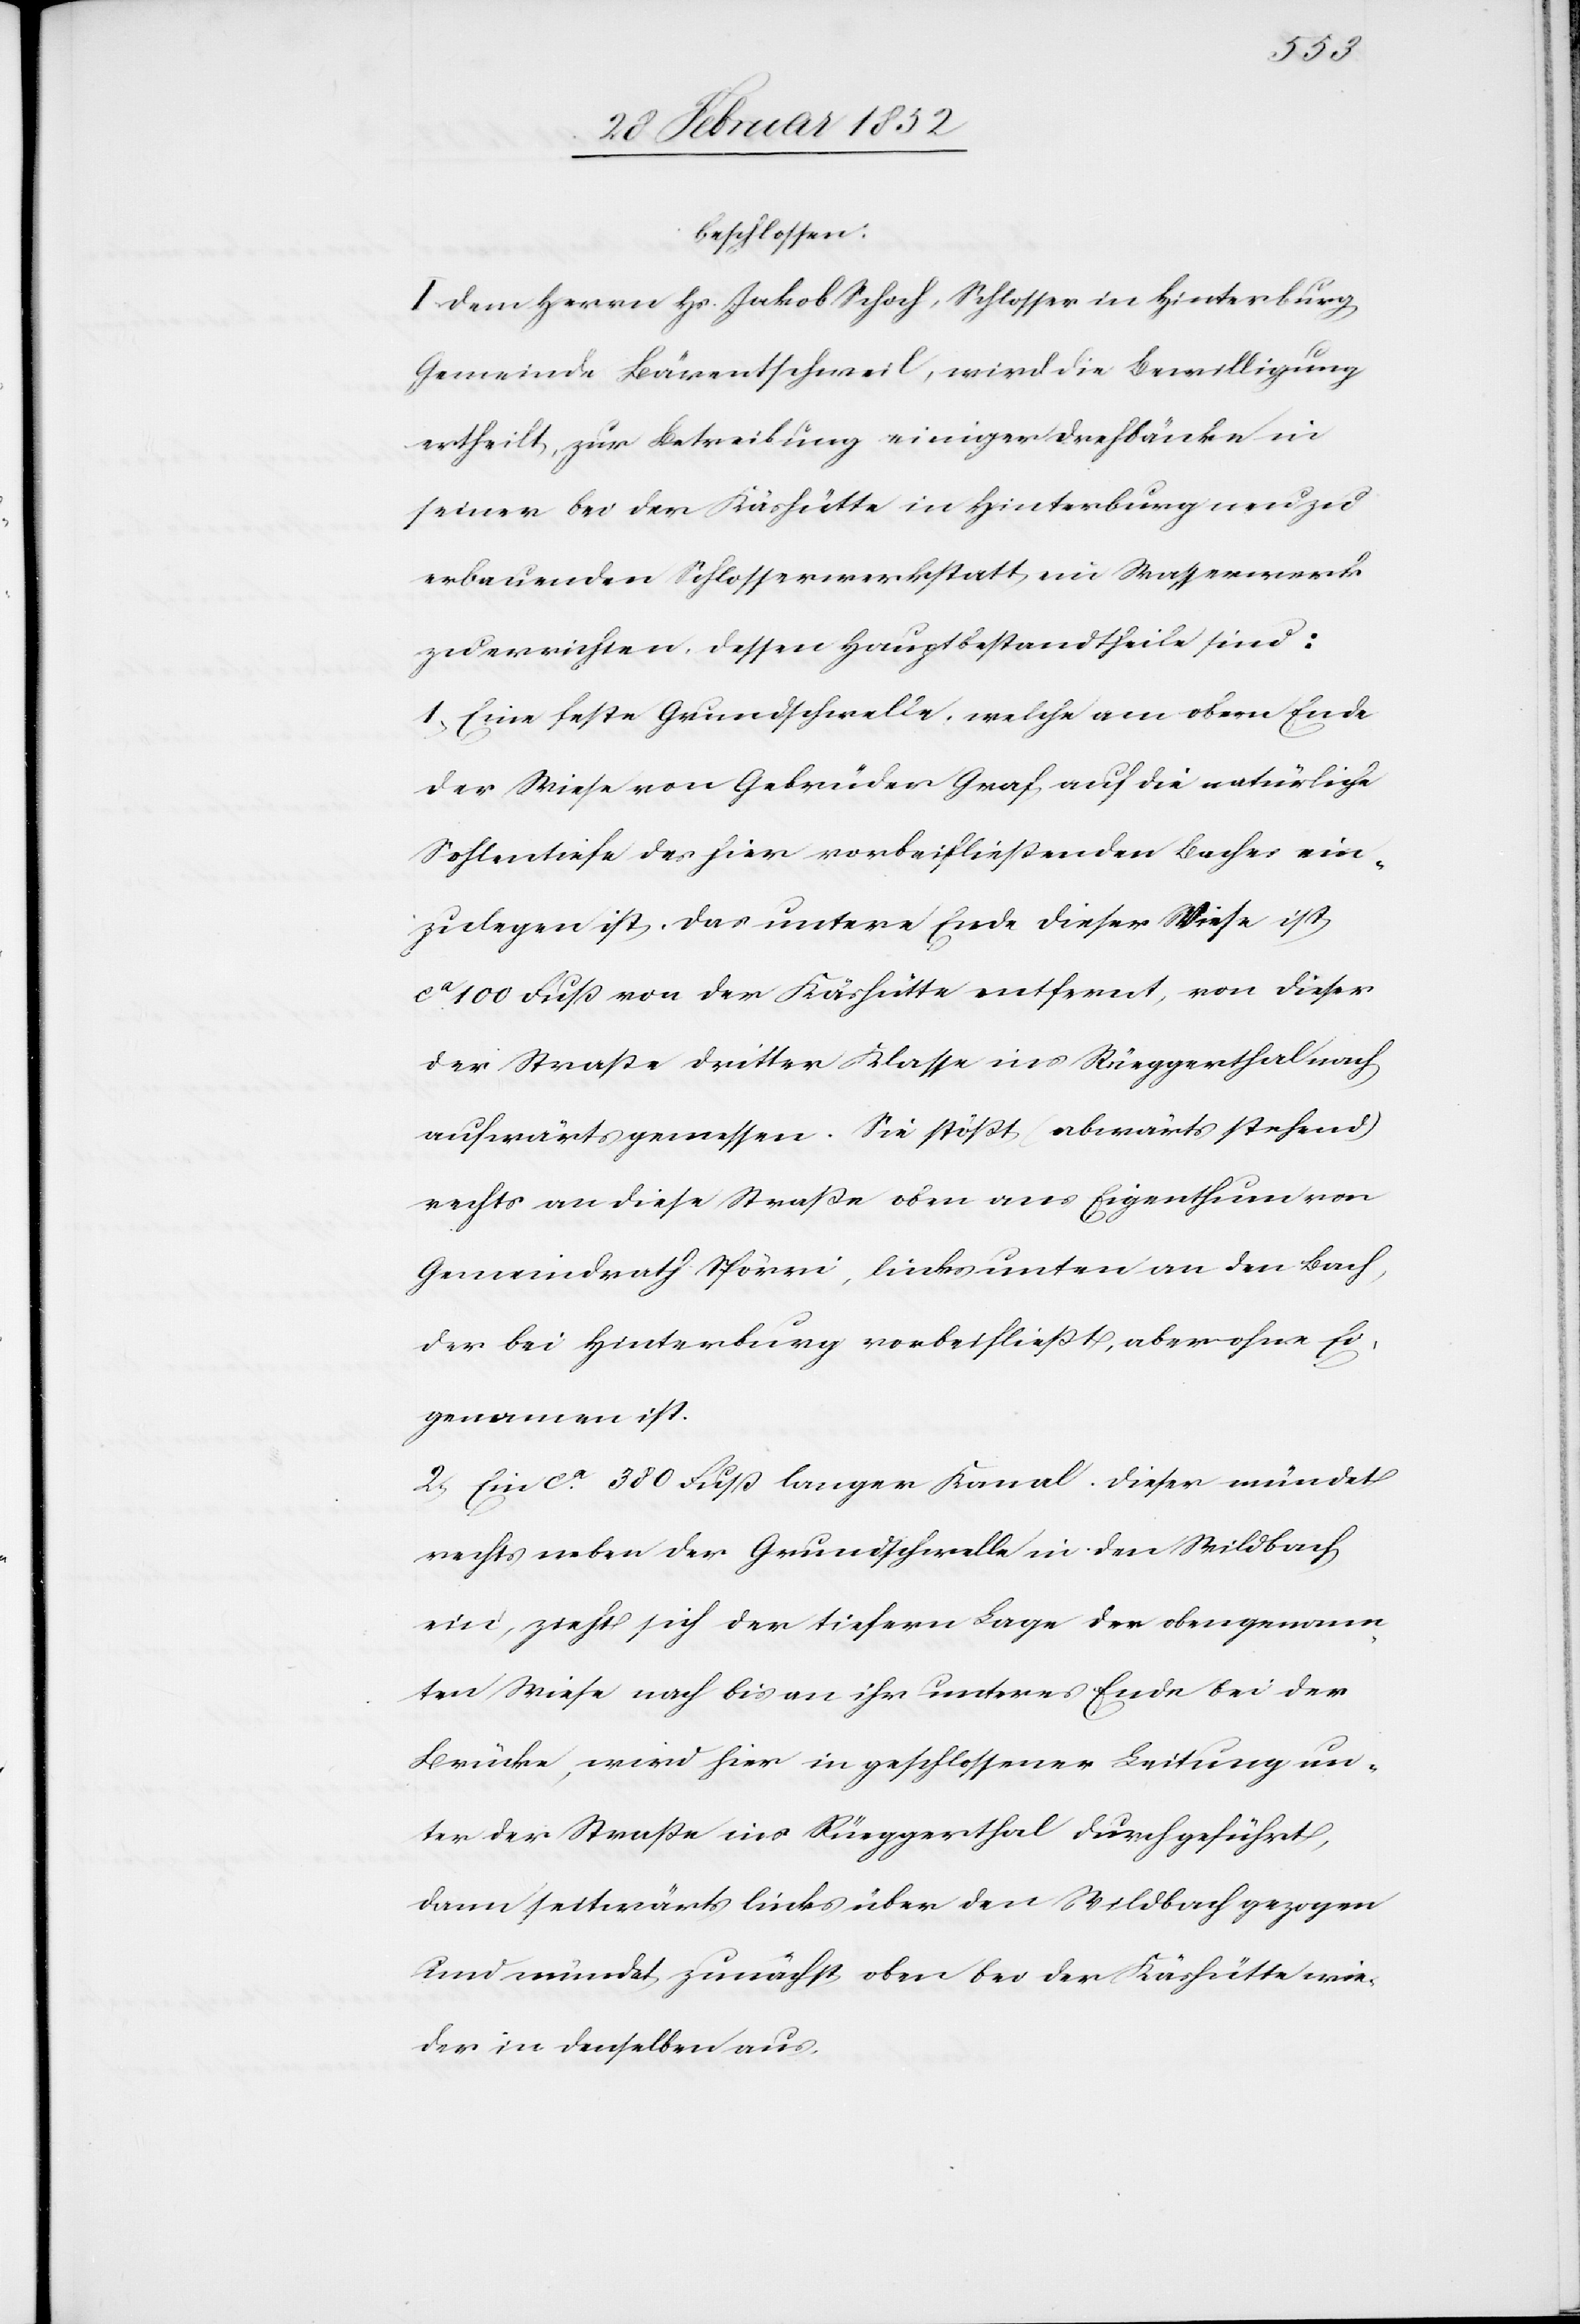
beschlossen:
I. Dem Herrn Hs. Jakob Schoch, Schlosser in Hinterburg,
Gemeinde Bärentschweil, wird die Bewilligung
ertheilt, zur Betreibung einiger Drehbänke in
seiner bei der Käshütte in Hinterburg neu zu
erbauenden Schlosserwerkstatt, ein Wasserwerk
zu errichten, dessen Hauptbestandtheile sind:
1.) Eine feste Grundschwelle, welche am obern Ende
der Wiese von Gebrüder Graf auf die natürliche
Sohlentiefe des hier vorbeifließenden Baches ein¬
zulegen ist, das untere Ende dieser Wiese ist
ca 100 Fuß von der Käshütte entfernt, von dieser
der Strasse dritter Klasse ins Rüeggerthal nach
aufwärts gemessen. Sie stößt, (abwärts stehend)
rechts an diese Straße oben ans Eigenthum von
Gemeindrath Spörri, links unten an den Bach,
der bei Hinterburg vorbeifließt, aber ohne Ei¬
gennamen ist.
2.) Ein ca 380 Fuß langer Kanal. Dieser mündet
rechts neben der Grundschwelle in den Wildbach
ein, zieht sich der tiefern Lage der obengenann¬
ten Wiese nach bis an ihr unteres Ende bei der
Brücke, wird hier in geschlossener Leitung un¬
ter der Straße ins Rüeggerthal durchgeführt,
dann seitwärts links über den Wildbach gezogen
und mündet zunächst oben bei der Käshütte wie¬
der in denselben aus.